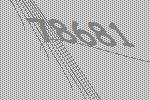
78681